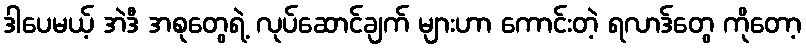
ဒါပေမယ့် အဲဒီ အစုတွေရဲ့ လုပ်ဆောင်ချက် များဟာ ကောင်းတဲ့ ရလာဒ်တွေ ကိုတော့